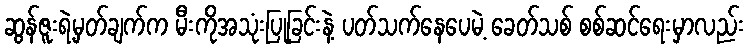
ဆွန်ဇူးရဲ့မှတ်ချက်က မီးကိုအသုံးပြုခြင်းနဲ့ ပတ်သက်နေပေမဲ့ ခေတ်သစ် စစ်ဆင်ရေးမှာလည်း